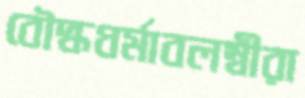
বৌদ্ধধর্মাবলম্বীরা